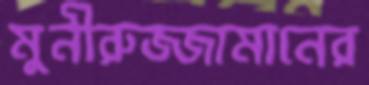
মুনীরুজ্জামানের